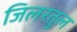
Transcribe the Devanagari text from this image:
जिलरतुल